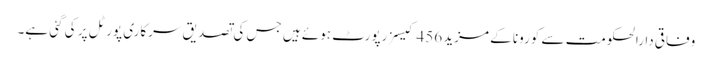
وفاقی دارالحکومت سے کورونا کے مزید 456 کیسز رپورٹ ہوئے ہیں جس کی تصدیق سرکاری پورٹل پر کی گئی ہے۔